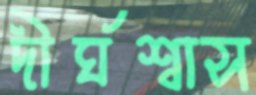
দীর্ঘশ্বাস